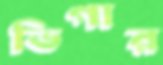
ভিগার